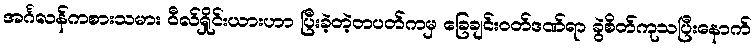
အင်္ဂလန်ကစားသမား ဝီလ်ရှိုင်းယားဟာ ပြီးခဲ့တဲ့တပတ်ကမှ ခြေချင်းဝတ်ဒဏ်ရာ ခွဲစိတ်ကုသပြီးနောက်